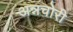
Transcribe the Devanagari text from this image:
अन्नचोरी